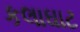
કલાઘાટ